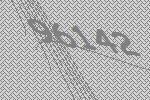
96142